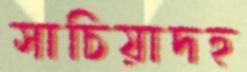
সাচিয়াদহ